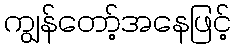
ကျွန်တော့်အနေဖြင့်